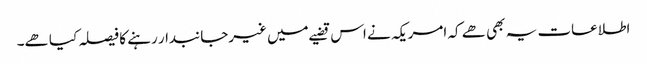
اطلاعات یہ بھی ھے کہ امریکہ نے اس قضیے میں غیرجانبدار رہنے کا فیصلہ کیا ھے۔